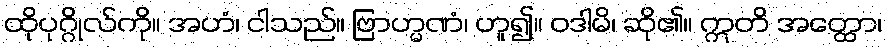
ထိုပုဂ္ဂိုလ်ကို။ အဟံ၊ ငါသည်။ ဗြာဟ္မဏံ၊ ဟူ၍။ ဝဒါမိ၊ ဆို၏။ ဣတိ အတ္ထော၊